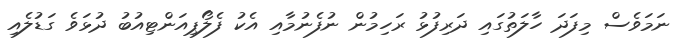
ނަމަވެސް މިފަދަ ހާލަތުގައި ދަރިފުޅު ރަހިމުން ނުފެނުމާއި އެކު ފެލޯޕިއަންޓިއުބު ދުޅަވެ ގަޑުލެއި